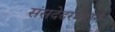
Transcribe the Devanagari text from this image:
संसदेदरम्यान